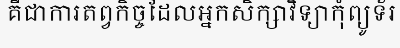
គឺជាការតព្វកិច្ចដែលអ្នកសិក្សាវិទ្យាកុំព្យូទ័រ